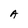
Character: A